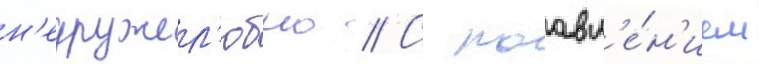
н'едружел'юбно // С поавл'е́н'ием